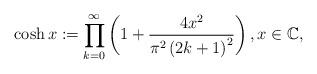
LaTeX: \begin{align*}\cosh{x} := \prod_{k=0}^\infty \left(1 + \frac{4x^2}{\pi^2\left(2k+1\right)^2}\right),x \in \mathbb{C},\end{align*}